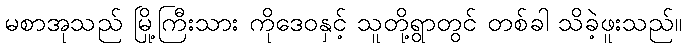
မစာအုသည် မြို့ကြီးသား ကိုဒေဝနှင့် သူတို့ရွာတွင် တစ်ခါ သိခဲ့ဖူးသည်။